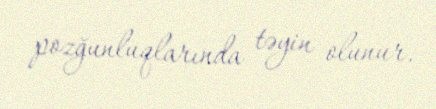
pozğunluqlarında təyin olunur.